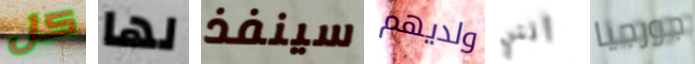
كل لها سينفذ ولديهم أنني جورجيا